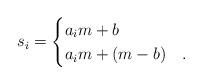
LaTeX: \begin{align*}s_i = \begin{cases} a_i m +b & {}\\a_im +(m-b) &{}.\end{cases}\end{align*}